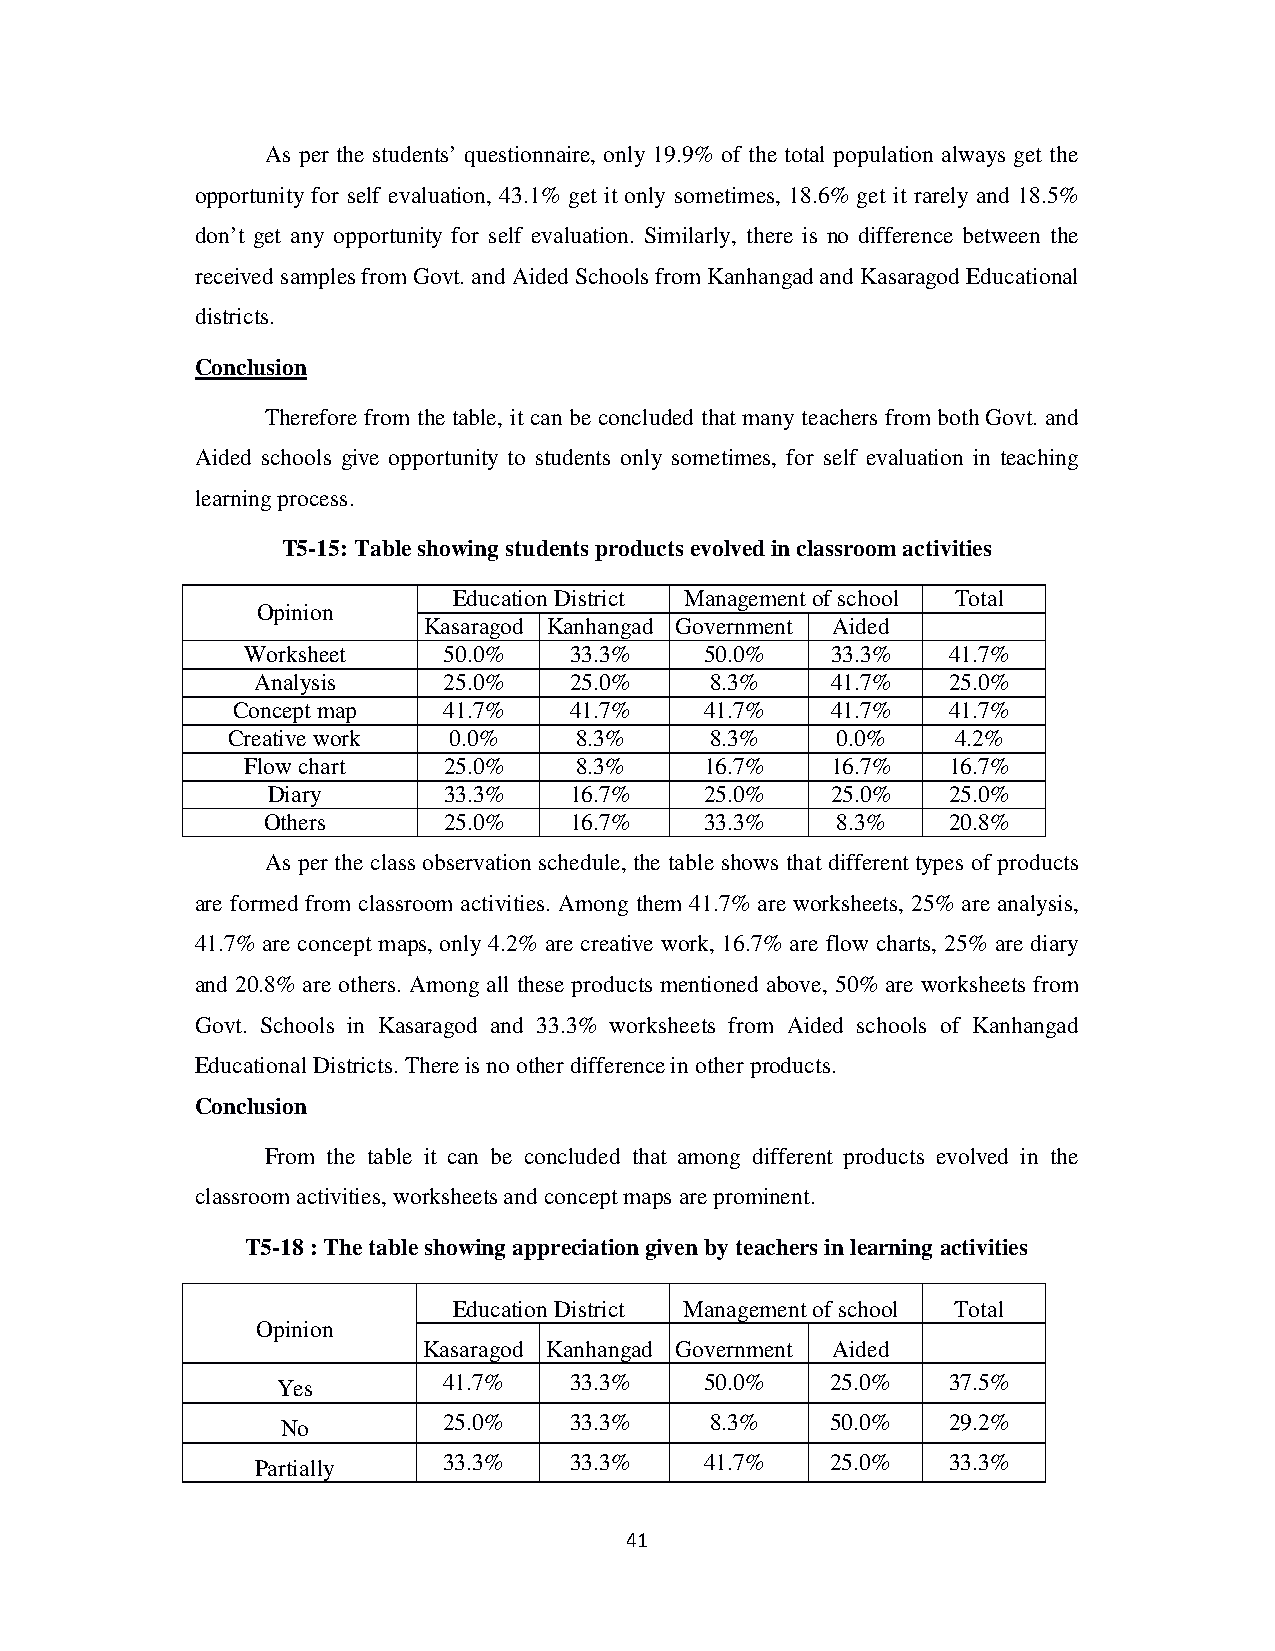
As per the students’ questionnaire, only 19.9% of the total population always get the
 opportunity for self evaluation, 43.1% get it only sometimes, 18.6% get it rarely and 18.5%
 don’t get any opportunity for self evaluation. Similarly, there is no difference between the
 received samples from Govt. and Aided Schools from Kanhangad and Kasaragod Educational
 districts.
 Conclusion
 Therefore from the table, it can be concluded that many teachers from both Govt. and
 Aided schools give opportunity to students only sometimes, for self evaluation in teaching
 learning process.
 T5-15: Table showing students products evolved in classroom activities
 Education District Management of school Total
 Opinion
 Kasaragod Kanhangad Government Aided
 Worksheet    50.0%    33.3%    50.0%   33.3%   41.7%
 Analysis    25.0%    25.0%    8.3%    41.7%   25.0%
 Concept map   41.7%    41.7%    41.7%   41.7%   41.7%
 Creative work  0.0%    8.3%     8.3%    0.0%    4.2%
 Flow chart   25.0%    8.3%     16.7%   16.7%   16.7%
 Diary      33.3%    16.7%    25.0%   25.0%   25.0%
 Others      25.0%    16.7%    33.3%   8.3%    20.8%
 As per the class observation schedule, the table shows that different types of products
 are formed from classroom activities. Among them 41.7% are worksheets, 25% are analysis,
 41.7% are concept maps, only 4.2% are creative work, 16.7% are flow charts, 25% are diary
 and 20.8% are others. Among all these products mentioned above, 50% are worksheets from
 Govt. Schools in Kasaragod and 33.3% worksheets from Aided schools of Kanhangad
 Educational Districts. There is no other difference in other products.
 Conclusion
 From the table it can be concluded that among different products evolved in the
 classroom activities, worksheets and concept maps are prominent.
 T5-18 : The table showing appreciation given by teachers in learning activities
 Education District Management of school Total
 Opinion
 Kasaragod Kanhangad Government Aided
 Yes        41.7%    33.3%    50.0%   25.0%   37.5%
 No        25.0%    33.3%    8.3%    50.0%   29.2%
 Partially   33.3%    33.3%    41.7%   25.0%   33.3%
 41